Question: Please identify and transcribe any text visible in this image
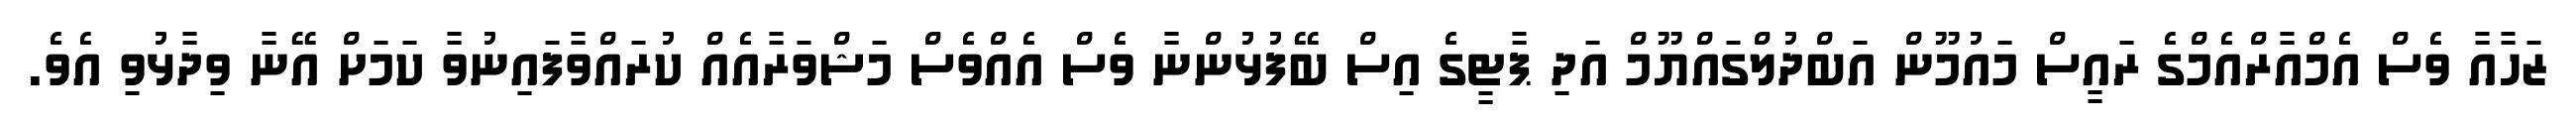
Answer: ޒަހާއާ ވެސް އެމްއާރްއެމްގެ ރައީސް މައުމޫން އަބްދުލްގައްޔޫމް އަދި ޕާޓީގެ އިސް ބޭފުޅުންނާ ވެސް އެއްވެސް މަޝްވަރާއެއް ކުރައްވާފައިނުވާ ކަމަށް އޭނާ ވިދާޅުވި އެވެ.